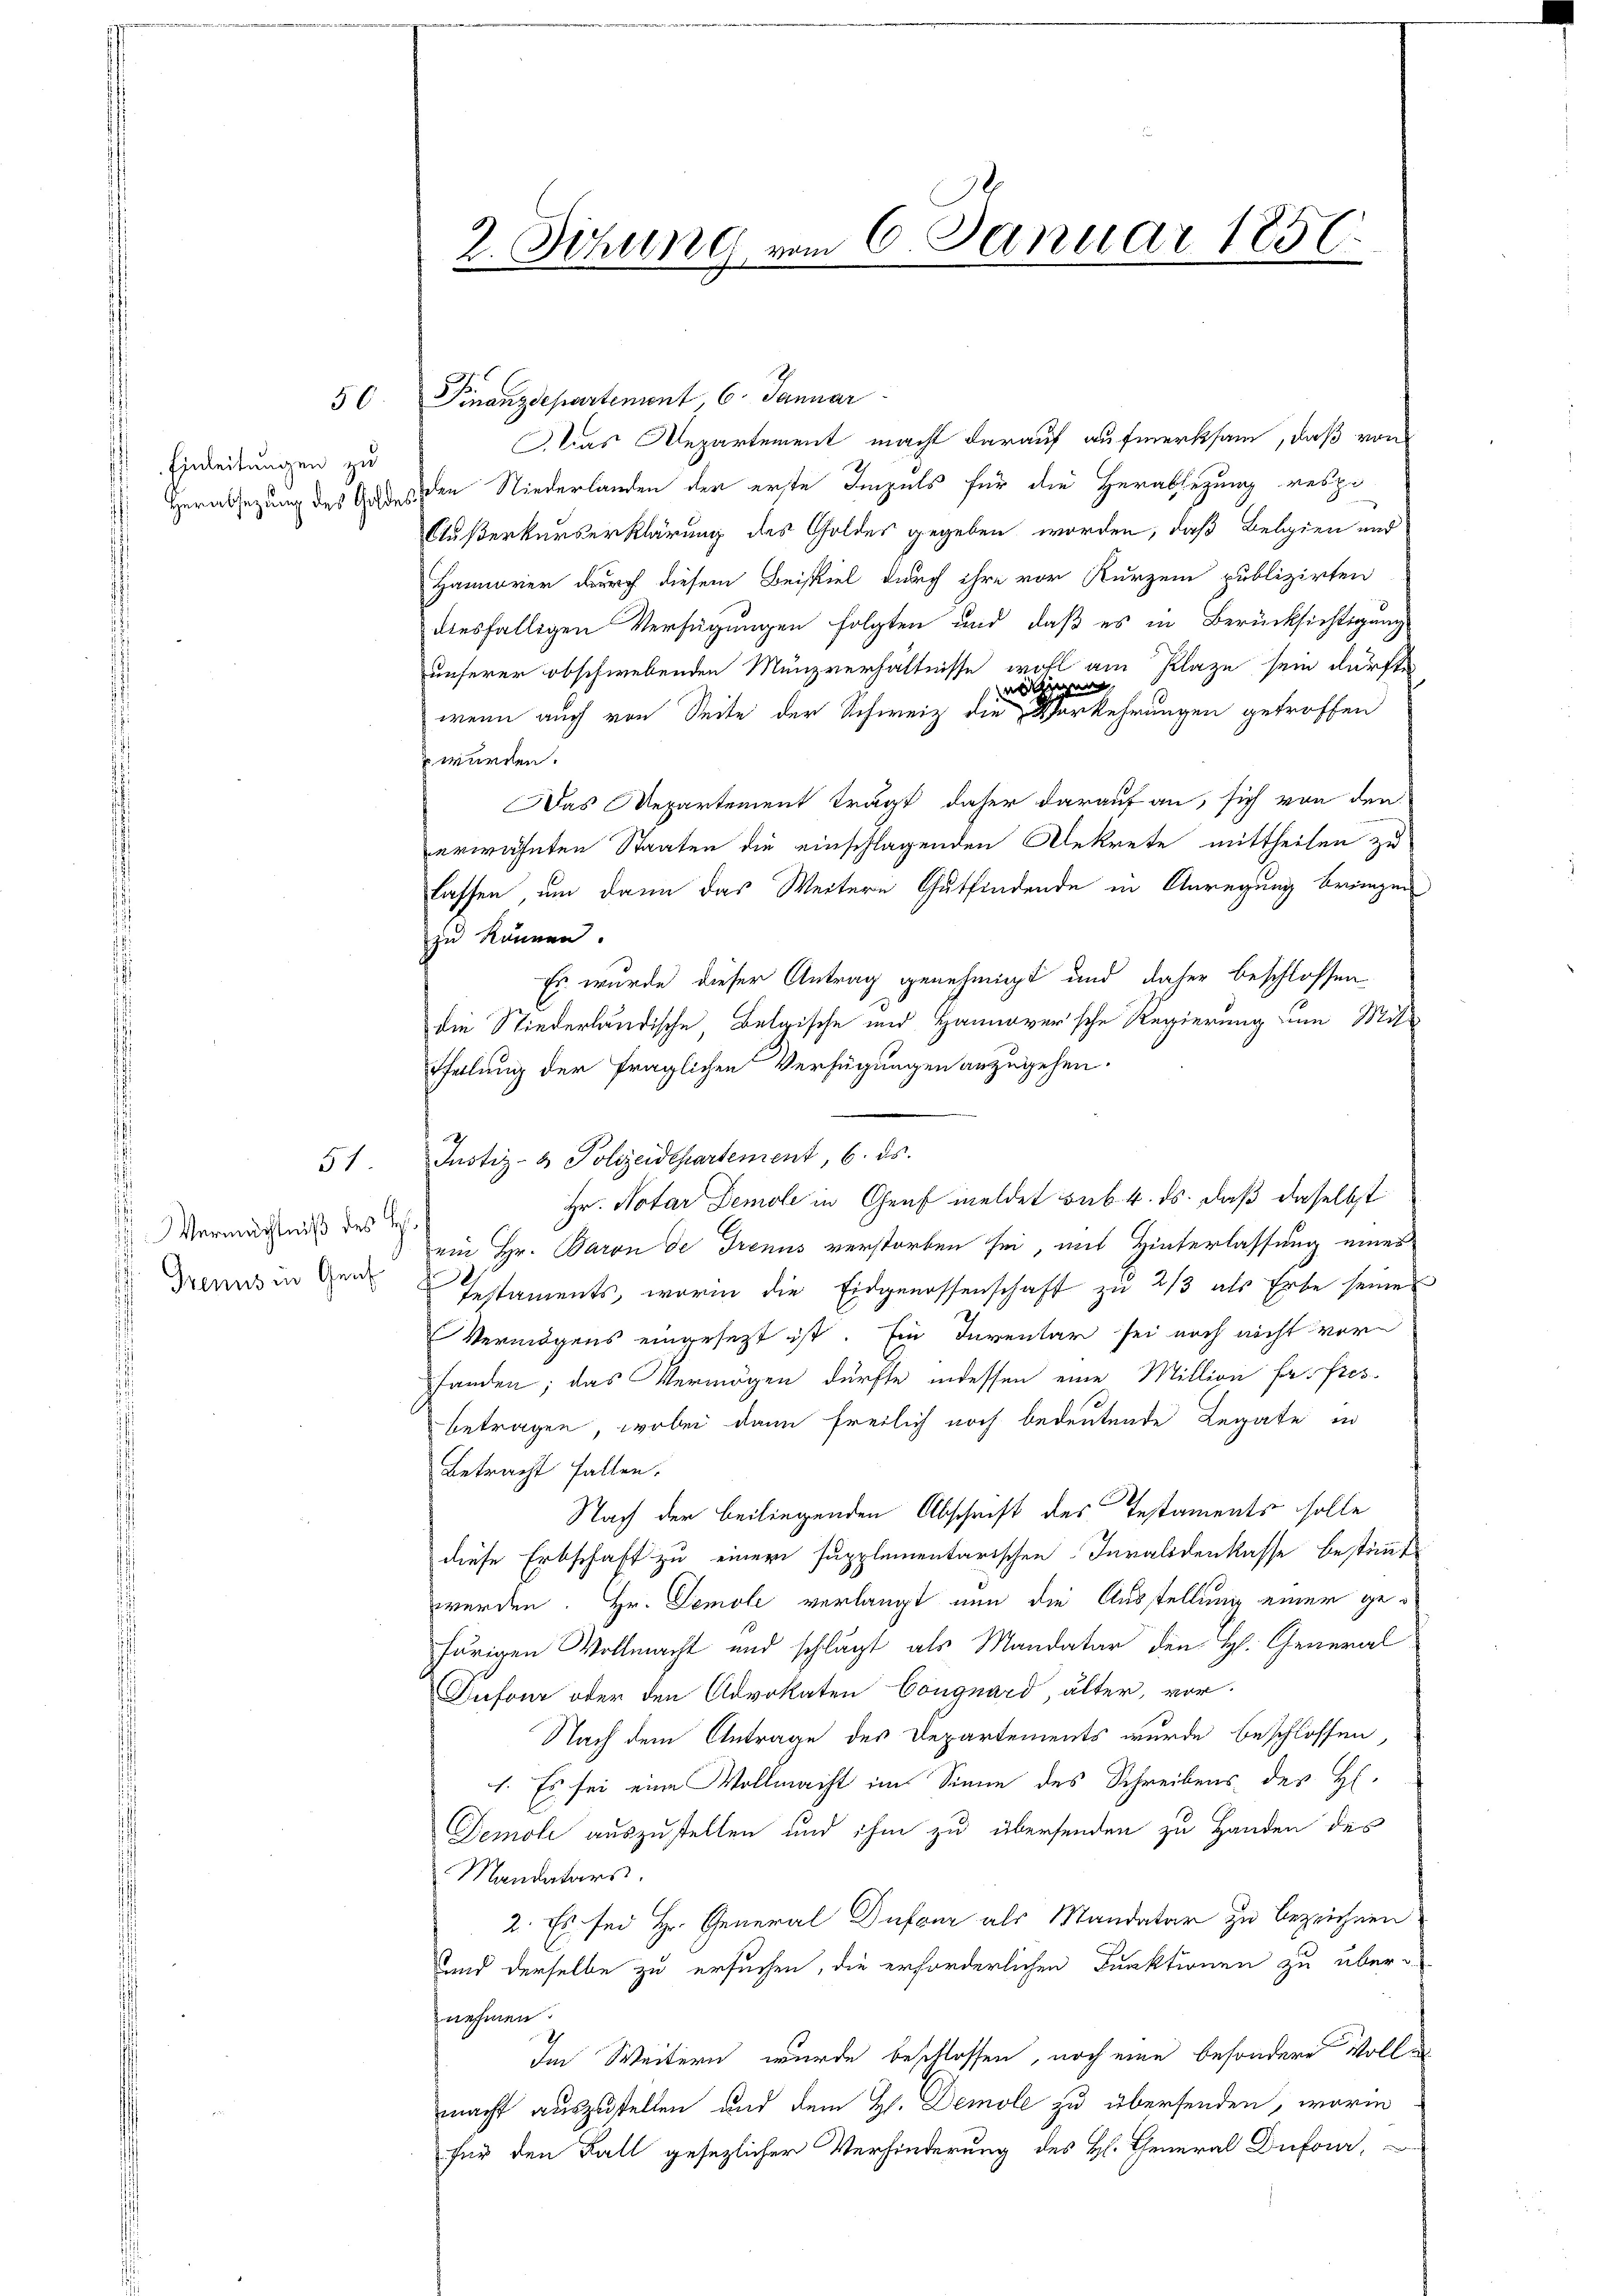
50

Einleitungen zu
Herabsetzung des Golden

51.

Vermächtniß des H.
Drenis in Gen

2. Sitzung vom 6. Januar 1856.

Finanzdepartenint, 6. Januar
Das Departement macht darauf aufmerksam, daß von
 den Niederlanden der erste Impels für die Herabsetzung respo
Außerkurserklärung des Goldes gegeben worden, daß Belgien und
Hannover durch diesem Beispiel durch ihre vor Kurzem publizirten
diesfälligen Verfügungen folgten und daß es in Berücksichtigung
unserer obschwebenden Münzverhältnisse wohl am Plaze sein dürfte
aigen,
wenn auch von Seite der Schweiz die Vorkehrungen getroffen
wurden.
Das Repartement trägt daher darauf an, sich von den
erwähnten Staaten die einschlagenden Dekrete mittheilen zu
lassen, um dann das Weitern Gutfindende in Anregung bringen
zu können.
Es wurde dieser Antrag genehmigt und daher beschlossen
die Niederländische Belgische und Hannoversche Regierung zum Mit¬
Theilung der fraglichen Verfügungen anzugehen.
Justiz- & Polizeidepartement, 6. ds.
Hr. Notar Demole in Genf meldet sub. 4. ds. daß daselbst
ein Hr. Baron de Trenns verstorben sei, mit Hinterlassung eines
Instaments, worin die Eidgenossenschaft zu 2/3 als Erbe seines
Vermögens eingesezt ist. Ein Inventar sei noch nicht vor
fanden; das Vermögen dürfte indessen eine Million fr. Pres
betragen, wobei dann freilich noch bedeutende Legate in
Betracht fallen.
Nach der beiliegenden Abschrift des Testaments solle
diese Erbschaft zu einem supplementarischen Invalidenkasse bestimmt
werden. Hr. Demoli verlangt nun die Ausstellung einer gehörigen Vollmacht und schlägt als Mandatar den H. General
Dufour oder den Advokaten Conguard, älter, vor-
Nach dem Antrage des Departements wurde beschlossen,
1. Es sei eine Vollmacht im Sinne des Schreibens des H.
Demoli auszustellen und ihm zu übersenden zu Handen des
Mandatars.
2. Es sei Hr. General Dufour als Mandatar zu bezeichnen.
und derselbe zu ersuchen, die erforderlichen Funktionen zu übernehmen.
Im Weitern wurde beschlossen, noch eine besondere Volle
macht auszustellen und dem H. Demole zu übersenden, worin
für den Fall gesezlicher Verhinderung des H. General Dufour,